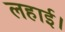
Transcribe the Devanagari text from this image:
लहाई।